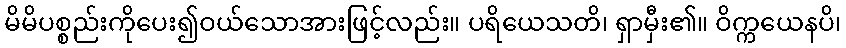
မိမိပစ္စည်းကိုပေး၍ဝယ်သောအားဖြင့်လည်း။ ပရိယေသတိ၊ ရှာမှီး၏။ ဝိက္ကယေနပိ၊